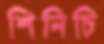
শিনিচি